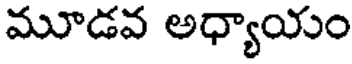
మూడవ అధ్యాయం